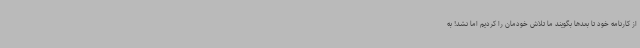
از کارنامه خود تا بعدها بگویند ما تلاش خودمان را کردیم اما نشد! به